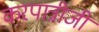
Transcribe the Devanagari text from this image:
करपात्रीजी